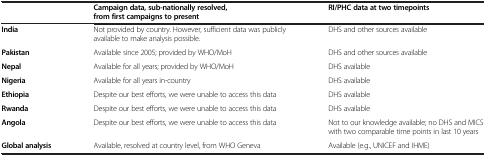
<table><thead><tr><td><b> </b></td><td><b>Campaign data, sub-nationally resolved, from first campaigns to present</b></td><td><b>RI/PHC data at two timepoints</b></td></tr></thead><tbody><tr><td><b>India</b></td><td>Not provided by country. However, sufficient data was publicly available to make analysis possible.</td><td>DHS and other sources available</td></tr><tr><td><b>Pakistan</b></td><td>Available since 2005; provided by WHO/MoH</td><td>DHS and other sources available</td></tr><tr><td><b>Nepal</b></td><td>Available for all years; provided by WHO/MoH</td><td>DHS available</td></tr><tr><td><b>Nigeria</b></td><td>Available for all years in-country</td><td>DHS available</td></tr><tr><td><b>Ethiopia</b></td><td>Despite our best efforts, we were unable to access this data</td><td>DHS available</td></tr><tr><td><b>Rwanda</b></td><td>Despite our best efforts, we were unable to access this data</td><td>DHS available</td></tr><tr><td><b>Angola</b></td><td>Despite our best efforts, we were unable to access this data</td><td>Not to our knowledge available; no DHS and MICS with two comparable time points in last 10 years</td></tr><tr><td><b>Global analysis</b></td><td>Available, resolved at country level, from WHO Geneva</td><td>Available (e.g., UNICEF and IHME)</td></tr></tbody></table>